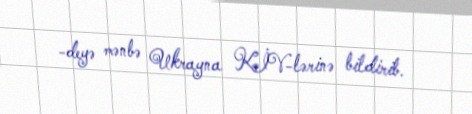
-deyə mənbə Ukrayna KİV-lərinə bildirib.